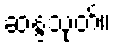
ဆန္ဒသုတ်။